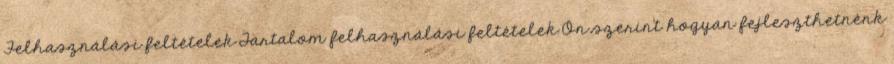
Felhasználási feltételek Tartalom felhasználási feltételek Ön szerint hogyan fejleszthetnénk